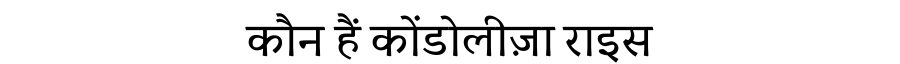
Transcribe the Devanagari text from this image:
कौन हैं कोंडोलीज़ा राइस